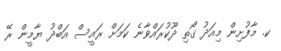
ކ. މާފުށިން މިއަދު ގޯތި ދޫކުރައްވާނެ ކަމަށް ރައީސް އަބްދު ޔާމީން ރޭ